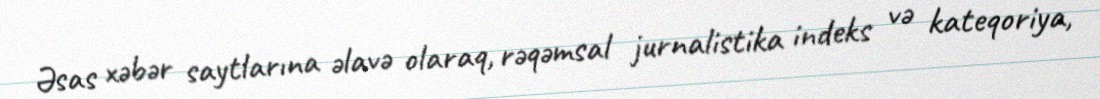
Əsas xəbər saytlarına əlavə olaraq, rəqəmsal jurnalistika indeks və kateqoriya,